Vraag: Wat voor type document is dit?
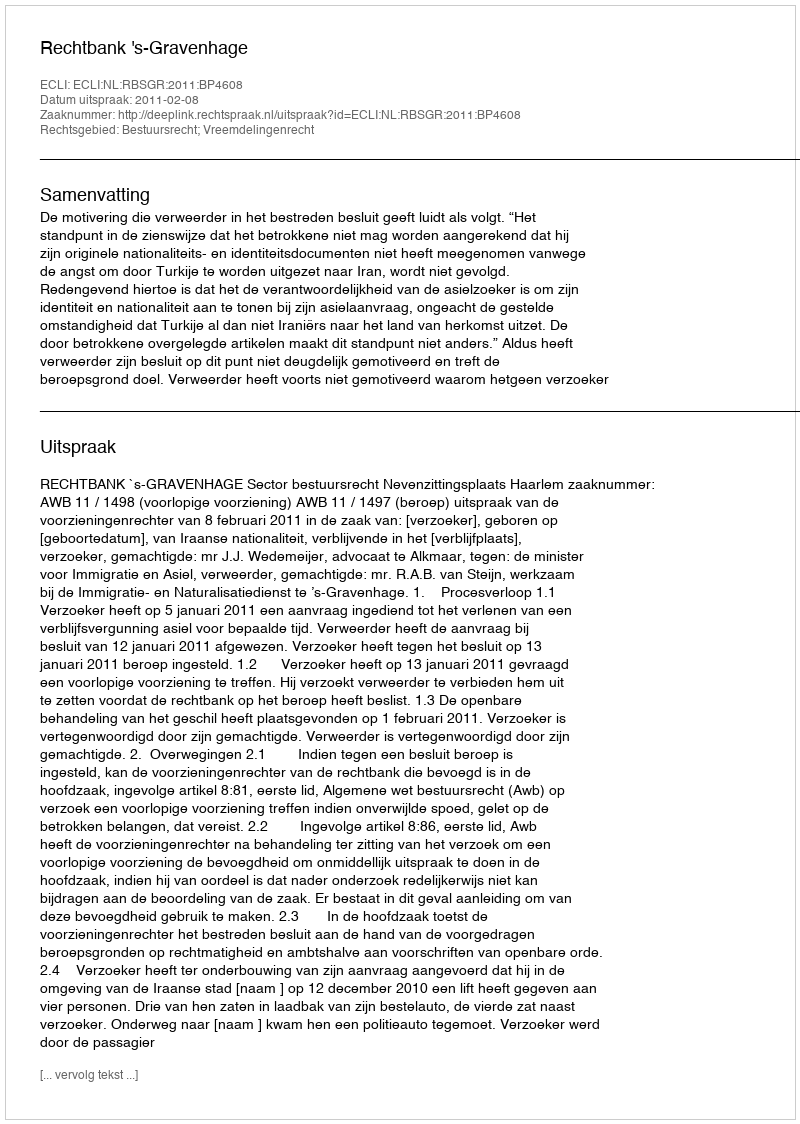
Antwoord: Uitspraak